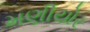
મણીયોર